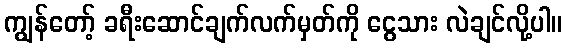
ကျွန်တော့် ခရီးဆောင်ချက်လက်မှတ်ကို ငွေသား လဲချင်လို့ပါ။